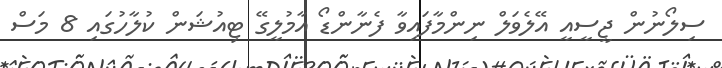
ސިލޯނުން ޖީސީއީ އޭލެވަލް ނިންމާފައިވާ ފެނާންޑޯ އާމުލީގޭ ޓިއުޝަން ކުލާހުގައި 8 މަސް